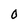
Character: O